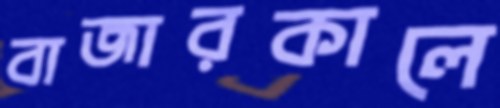
বাজারকালে